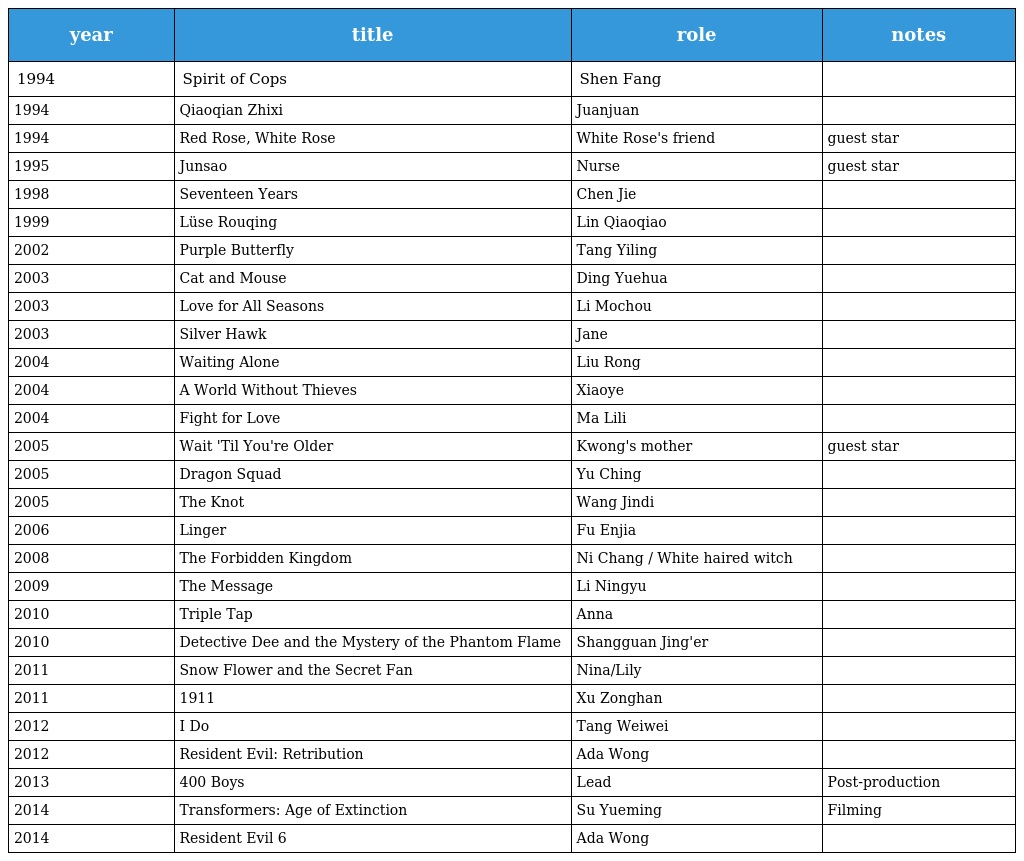
| year | title | role | notes |
 | --- | --- | --- | --- |
 | 1994 | Spirit of Cops 警魂 | Shen Fang |  |
 | 1994 | Qiaoqian Zhixi 乔迁之喜 | Juanjuan |  |
 | 1994 | Red Rose, White Rose 紅玫瑰與白玫瑰 | White Rose's friend | guest star |
 | 1995 | Junsao 軍嫂 | Nurse | guest star |
 | 1998 | Seventeen Years 过年回家 | Chen Jie |  |
 | 1999 | Lüse Rouqing 绿色柔情 | Lin Qiaoqiao |  |
 | 2002 | Purple Butterfly 紫蝴蝶 | Tang Yiling |  |
 | 2003 | Cat and Mouse 老鼠爱上猫 | Ding Yuehua |  |
 | 2003 | Love for All Seasons 百年好合 | Li Mochou |  |
 | 2003 | Silver Hawk 飞鹰 | Jane |  |
 | 2004 | Waiting Alone 独自等待 | Liu Rong |  |
 | 2004 | A World Without Thieves 天下无贼 | Xiaoye |  |
 | 2004 | Fight for Love 情陷擂台 | Ma Lili |  |
 | 2005 | Wait 'Til You're Older 童梦奇缘 | Kwong's mother | guest star |
 | 2005 | Dragon Squad 猛龙 | Yu Ching |  |
 | 2005 | The Knot 云水谣 | Wang Jindi |  |
 | 2006 | Linger 蝴蝶飛 | Fu Enjia |  |
 | 2008 | The Forbidden Kingdom 功夫之王 | Ni Chang / White haired witch |  |
 | 2009 | The Message 风声 | Li Ningyu |  |
 | 2010 | Triple Tap 槍王之王 | Anna |  |
 | 2010 | Detective Dee and the Mystery of the Phantom Flame 狄仁杰之通天帝国 | Shangguan Jing'er |  |
 | 2011 | Snow Flower and the Secret Fan 雪花與秘扇 | Nina/Lily |  |
 | 2011 | 1911 辛亥革命 | Xu Zonghan |  |
 | 2012 | I Do 我愿意 | Tang Weiwei |  |
 | 2012 | Resident Evil: Retribution | Ada Wong |  |
 | 2013 | 400 Boys | Lead | Post-production |
 | 2014 | Transformers: Age of Extinction | Su Yueming | Filming |
 | 2014 | Resident Evil 6 | Ada Wong |  |